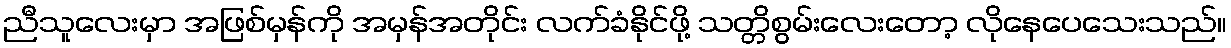
ညီသူလေးမှာ အဖြစ်မှန်ကို အမှန်အတိုင်း လက်ခံနိုင်ဖို့ သတ္တိစွမ်းလေးတော့ လိုနေပေသေးသည်။